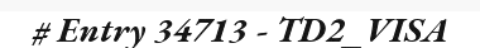
# Entry 34713 - TD2_VISA